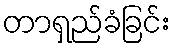
တာရှည်ခံခြင်း